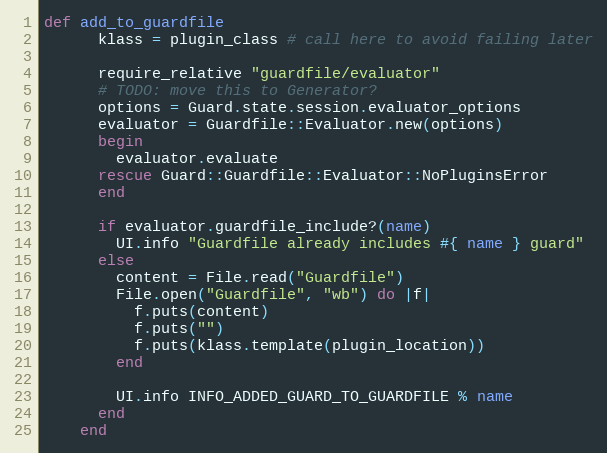
Language: Ruby
def add_to_guardfile
      klass = plugin_class # call here to avoid failing later

      require_relative "guardfile/evaluator"
      # TODO: move this to Generator?
      options = Guard.state.session.evaluator_options
      evaluator = Guardfile::Evaluator.new(options)
      begin
        evaluator.evaluate
      rescue Guard::Guardfile::Evaluator::NoPluginsError
      end

      if evaluator.guardfile_include?(name)
        UI.info "Guardfile already includes #{ name } guard"
      else
        content = File.read("Guardfile")
        File.open("Guardfile", "wb") do |f|
          f.puts(content)
          f.puts("")
          f.puts(klass.template(plugin_location))
        end

        UI.info INFO_ADDED_GUARD_TO_GUARDFILE % name
      end
    end